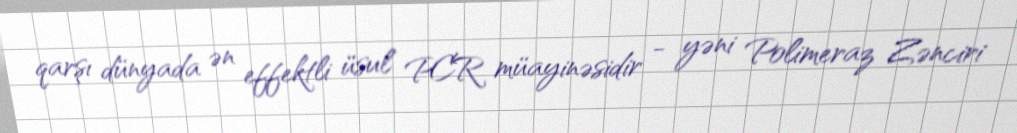
qarşı dünyada ən effektli üsul PCR müayinəsidir - yəni Polimeraz Zənciri